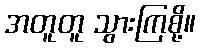
အတူတူ သွားကြစို့။